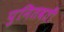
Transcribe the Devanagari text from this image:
पुनितवतीं